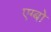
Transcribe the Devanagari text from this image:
एग्बो